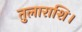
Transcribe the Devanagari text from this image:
तुलाराशि।